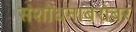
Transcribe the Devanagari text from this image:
संशोधनाबरोबर